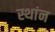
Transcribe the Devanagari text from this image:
स्थांन